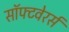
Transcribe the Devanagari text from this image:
सॉफ्टवेरर्स